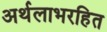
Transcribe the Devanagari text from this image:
अर्थलाभरहित